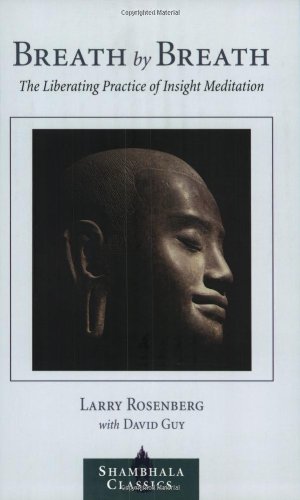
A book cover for Breath by Breath: The Liberating Practice of Insight Meditation (Shambhala Classics); Larry Rosenberg; Religion & Spirituality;